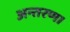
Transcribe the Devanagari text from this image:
अन्तरण।